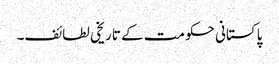
پاکستانی حکومت کے تاریخی لطائف۔